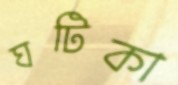
ঘটিকা